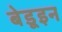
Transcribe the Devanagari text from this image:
बेडूइन